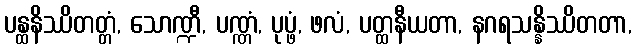
ပန္ထနိဿိတတ္တံ, သောဏ္ဍီ, ပဏ္ဏံ, ပုပ္ဖံ, ဖလံ, ပတ္ထနီယတာ, နဂရသန္နိဿိတတာ,